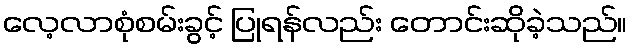
လေ့လာစုံစမ်းခွင့် ပြုရန်လည်း တောင်းဆိုခဲ့သည်။